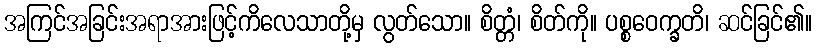
အကြင်အခြင်းအရာအားဖြင့်ကိလေသာတို့မှ လွတ်သော။ စိတ္တံ၊ စိတ်ကို။ ပစ္စဝေက္ခတိ၊ ဆင်ခြင်၏။